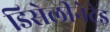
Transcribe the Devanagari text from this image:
डिसेलीनेटेड